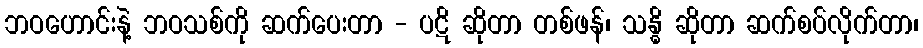
ဘဝဟောင်းနဲ့ ဘဝသစ်ကို ဆက်ပေးတာ - ပဋိ ဆိုတာ တစ်ဖန်၊ သန္ဓိ ဆိုတာ ဆက်စပ်လိုက်တာ၊